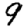
Digit: 9